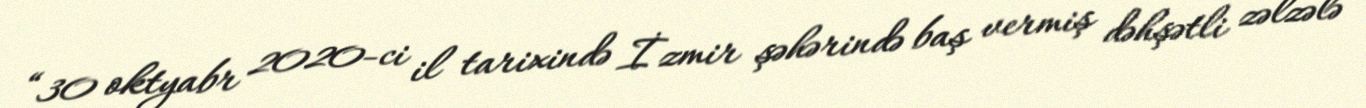
“30 oktyabr 2020-ci il tarixində İzmir şəhərində baş vermiş dəhşətli zəlzələ